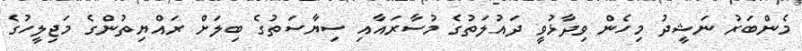
މެންބަރު ނަޝީދު މިހެން ވިދާޅުވީ ދައުލަތުގެ މުސާރައާއި ސިޔާސަތުގެ ބިލަށް ރައްޔިތުންގެ މަޖިލީހުގެ